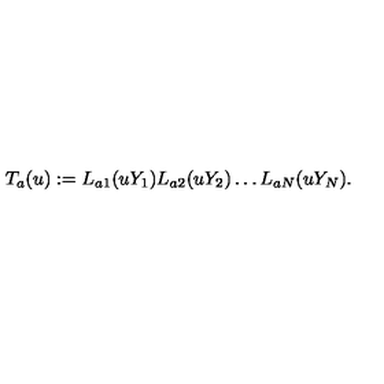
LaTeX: T _ { a } ( u ) : = L _ { a 1 } ( u Y _ { 1 } ) L _ { a 2 } ( u Y _ { 2 } ) \dots L _ { a N } ( u Y _ { N } ) .